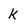
Character: k